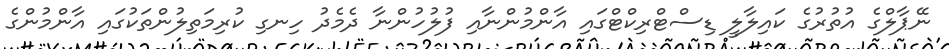
ނޭޕާލްގެ އުތުރުގެ ކައިލާލީ ޑިސްޓްރިކްޓްގައި އާންމުންނާއި ފުލުހުންނާ ދެމެދު ހިނގި ކުރިމަތިލުންތަކުގައި އާންމުންގެ